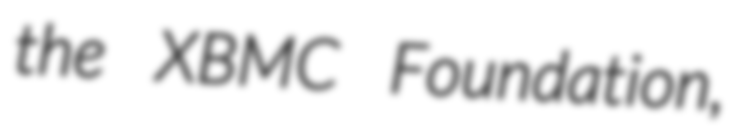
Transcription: the XBMC Foundation,